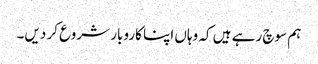
ہم سوچ رہے ہیں کہ وہاں اپنا کاروبار شروع کر دیں۔